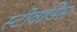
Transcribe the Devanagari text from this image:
स्‍टीवार्डिस